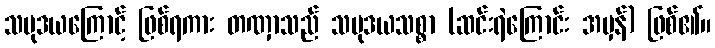
သမုဒယကြောင့် ဖြစ်ရကား တဏှာသည် သမုဒယသစ္စာ (ဆင်းရဲကြောင်း အမှန်) ဖြစ်၏။